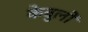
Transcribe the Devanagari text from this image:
केबुलों